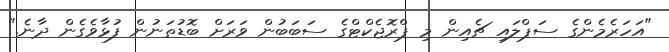
"އަހަރެމެންގެ ސަޕްލައި ޗެއިން މި ޕްރޮޖެކްޓްގެ ސަބަބުން ވަރަށް ބޮޑުތަނުން ފުޅާވެގެން ދާނެ."